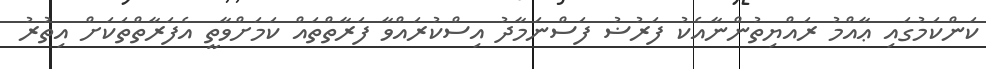
ކަންކަމުގައި ޢާއްމު ރައްޔިތުންނާއެކު ފަރުޟު ފަސްނަމާދު އިސްކުރައްވާ ފަރާތްތައް ކަމަށްވާތީ އެފަރާތްތަކަށް އިތުރު